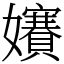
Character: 𡤐